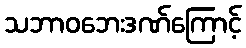
သဘာဝဘေးဒဏ်ကြောင့်